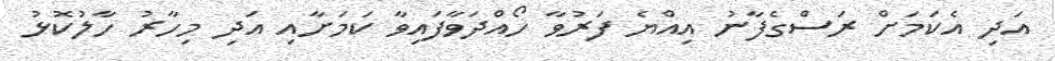
އަދި އެކަމަށް ރަސްގެފާނު އިއްޔެ ފަރުވާ ހޯއްދަވާފައިވާ ކަމަށާއި އަދި މިހާރު ހާލުކޮޅު